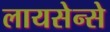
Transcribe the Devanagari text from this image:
लायसेन्से